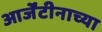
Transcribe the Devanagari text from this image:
आर्जेंटीनाच्या